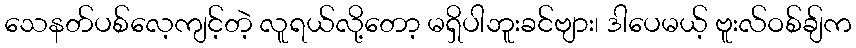
သေနတ်ပစ်လေ့ကျင့်တဲ့ လူရယ်လို့တော့ မရှိပါဘူးခင်ဗျား၊ ဒါပေမယ့် ဗူးလ်ဝစ်ချ်က